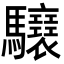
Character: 𩧝